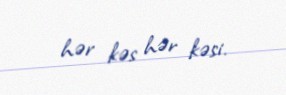
hər kəs hər kəsi.